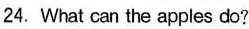
24. What can the apples do?